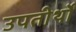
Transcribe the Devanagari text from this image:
उपतीर्थों